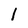
Character: 1